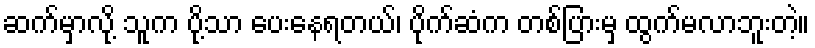
ဆက်မှာလို့ သူက ပို့သာ ပေးနေရတယ်၊ ပိုက်ဆံက တစ်ပြားမှ ထွက်မလာဘူးတဲ့။